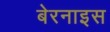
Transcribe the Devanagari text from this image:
बेरनाइस